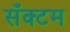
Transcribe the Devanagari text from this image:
सँक्टम